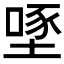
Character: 𡏔